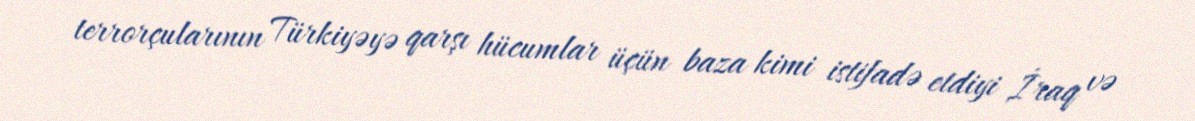
terrorçularının Türkiyəyə qarşı hücumlar üçün baza kimi istifadə etdiyi İraq və